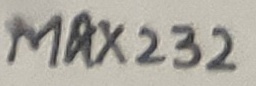
Text: MAX232